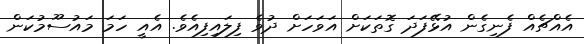
އެއްޗެއް ފެނިގެން އުޅޭފަދަ ގޮތަކަށް އަވަހަށް ދުވެ ފިލައިފިއެވެ. އެއީ ހަމަ މައުސޫމުކަން